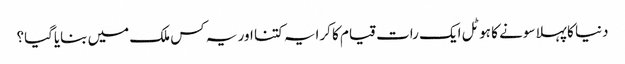
دنیا کا پہلا سونے کا ہوٹل ایک رات قیام کا کرایہ کتنا اور یہ کس ملک میں بنایاگیا؟